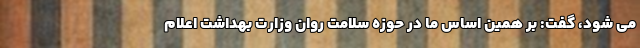
می شود، گفت: بر همین اساس ما در حوزه سلامت روان وزارت بهداشت اعلام